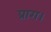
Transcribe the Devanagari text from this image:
प्राग।